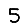
Digit: 5